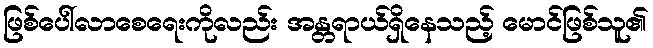
ဖြစ်ပေါ်လာစေရေးကိုလည်း အန္တရာယ်ရှိနေသည့် မောင်ဖြစ်သူ၏